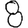
Digit: 8